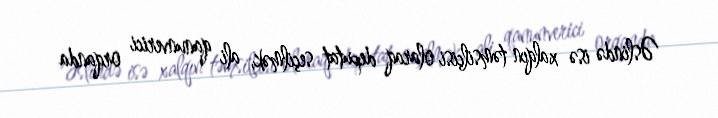
Əslində isə xalqın təmsilçisi olaraq deputat seçilmək, ali qanunverici orqanda